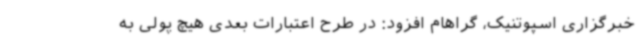
خبرگزاری اسپوتنیک، گراهام افزود: در طرح اعتبارات بعدی هیچ پولی به